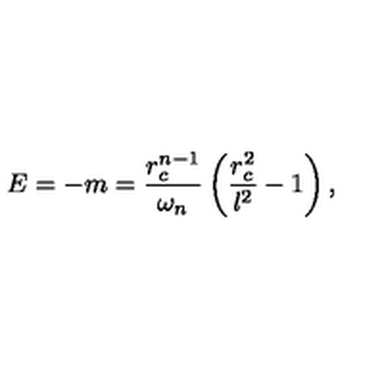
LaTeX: E = - m = \frac { r _ { c } ^ { n - 1 } } { \omega _ { n } } \left( \frac { r _ { c } ^ { 2 } } { l ^ { 2 } } - 1 \right) ,